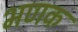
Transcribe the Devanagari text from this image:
भणक